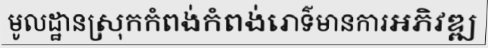
មូលដ្ឋានស្រុកកំពង់កំពង់រោទ៌មានការអភិវឌ្ឍ